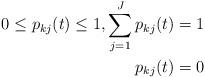
LaTeX: \begin{align*} 0\leq p_{kj}(t)\leq 1,\sum_{j=1}^{J}p_{kj}(t)=1\\ p_{kj}(t)=0 \end{align*}